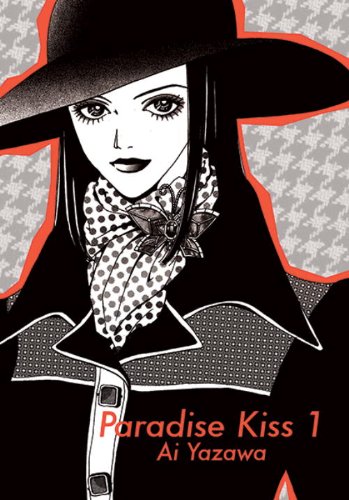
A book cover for Paradise Kiss, Part 1; Ai Yazawa; Arts & Photography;